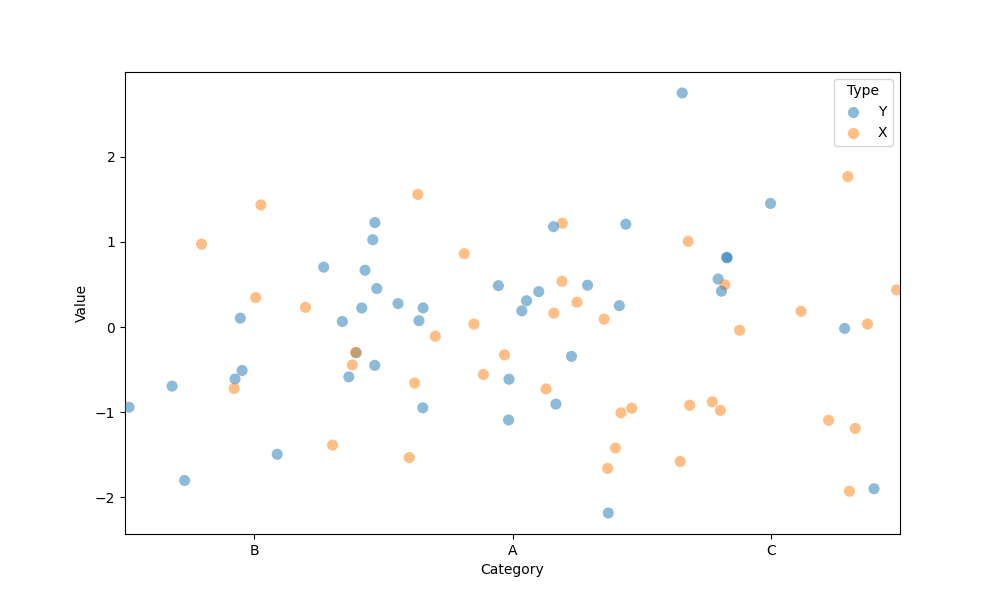
python, seaborn, stripplot, jitter=True, dodge=False, alpha=0.5, size=8